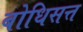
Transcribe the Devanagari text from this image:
बोधिसत्त